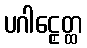
ပဂါဠှေတ္ထ